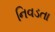
નિવડતા